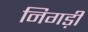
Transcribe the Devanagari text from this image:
निगड़ी